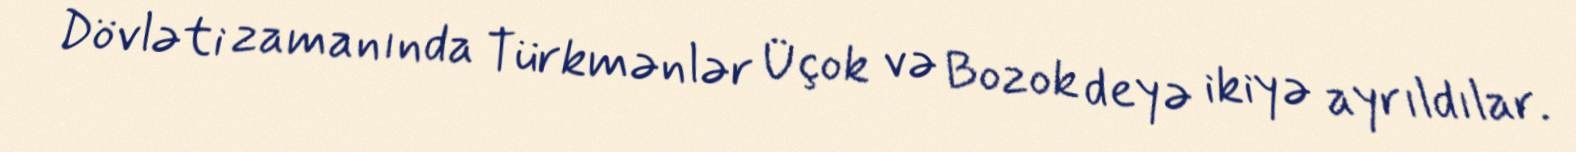
Dövləti zamanında Türkmənlər Üçok və Bozok deyə ikiyə ayrıldılar.